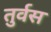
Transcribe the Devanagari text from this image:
तुर्वस